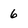
Character: 6